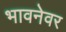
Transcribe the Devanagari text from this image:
भावनेवर